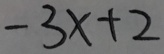
- 3 x + 2